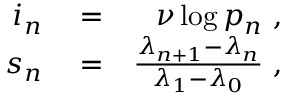
\begin{array} { r l r } { i _ { n } } & { { } = } & { \nu \log p _ { n } \ , } \\ { s _ { n } } & { { } = } & { \frac { \lambda _ { n + 1 } - \lambda _ { n } } { \lambda _ { 1 } - \lambda _ { 0 } } \ , } \end{array}